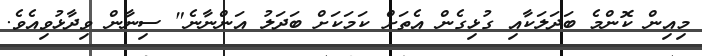
މިއިން ކޮންމެ ބަދަލަކާއި ގުޅިގެން އެތަށް ކަމަކަށް ބަދަލު އަންނާނެ" ސިނާން ވިދާޅުވިއެވެ.